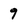
Character: 9